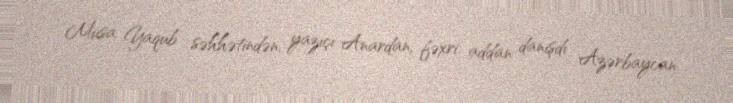
Musa Yaqub səhhətindən, yazıçı Anardan, fəxri addan danışdı Azərbaycan